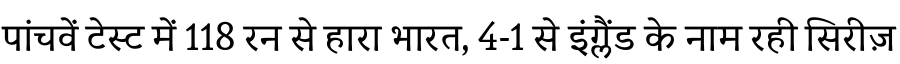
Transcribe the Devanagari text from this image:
पांचवें टेस्ट में 118 रन से हारा भारत, 4-1 से इंग्लैंड के नाम रही सिरीज़